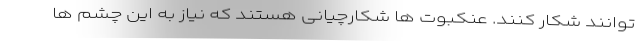
توانند شکار کنند. عنکبوت ها شکارچیانی هستند که نیاز به این چشم ها